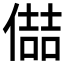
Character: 𪝦